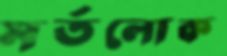
মর্তলোক